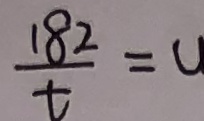
\frac { 1 8 2 } { t } = u